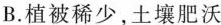
B.植被稀少，土壤肥沃